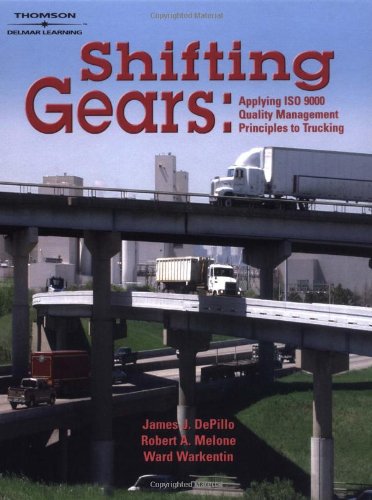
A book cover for Shifting Gears: Applying ISO 9000 Quality Management Principles to Trucking; James J. DePillo; Test Preparation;